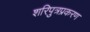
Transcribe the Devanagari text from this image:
शरिपुत्रप्रकरण